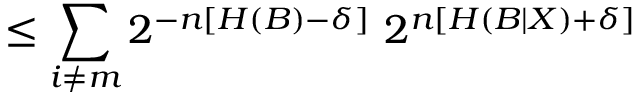
\leq \sum _ { i \neq m } 2 ^ { - n \left[ H \left( B \right) - \delta \right] } \ 2 ^ { n \left[ H \left( B | X \right) + \delta \right] }